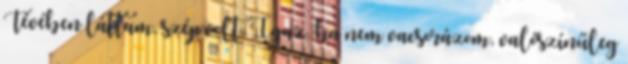
Tévében láttam, szép volt. Igaz, ha nem vacsorázom, valószínűleg